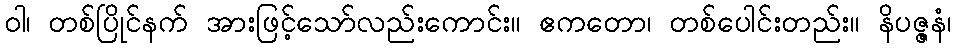
ဝါ၊ တစ်ပြိုင်နက် အားဖြင့်သော်လည်းကောင်း။ ဧကတော၊ တစ်ပေါင်းတည်း။ နိပဇ္ဇနံ၊